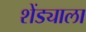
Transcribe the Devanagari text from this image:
शेंड्याला